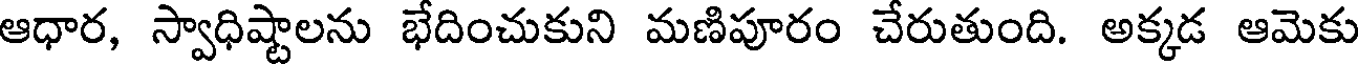
ఆధార, స్వాధిష్టాలను భేదించుకుని మణిపూరం చేరుతుంది. అక్కడ ఆమెకు